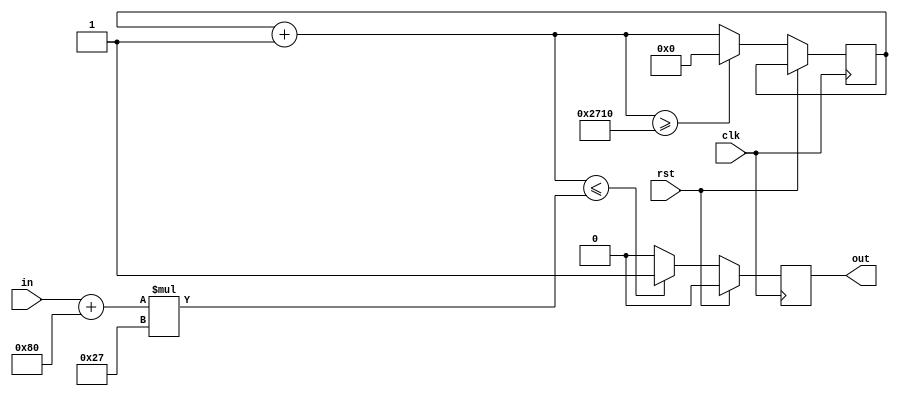
`timescale 1ns / 1ps

module PWM_final#(parameter sd=39)( 
	input [7:0] in,
	input wire clk, rst,
	output reg out
    );
	 
	 
reg[13:0] counter=0;

//------------suma de 128 para poner offset

wire signed [7:0] PWM_sum;
assign PWM_sum = in + 8'd128; //CAMBIO!!!!!! 
//------------

always@(posedge clk)
	if(rst == 1) 
		out = 0;
	else 
		begin 
			counter = counter + 1'b1;
				if(counter <= PWM_sum*sd)
					out = 1;
				else 
					out = 0;
				if(counter >= 10_000) 
					counter = 0; 
		end

endmodule